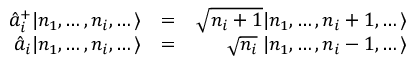
\begin{array} { r l r } { \hat { a } _ { i } ^ { + } | n _ { 1 } , \dots , n _ { i } , \dots \rangle } & { = } & { \sqrt { n _ { i } + 1 } | n _ { 1 } , \dots , n _ { i } + 1 , \dots \rangle } \\ { \hat { a } _ { i } | n _ { 1 } , \dots , n _ { i } , \dots \rangle } & { = } & { \; \; \; \; \; \sqrt { n _ { i } } \; | n _ { 1 } , \dots , n _ { i } - 1 , \dots \rangle } \end{array}